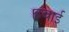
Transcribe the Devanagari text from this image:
।हवाई